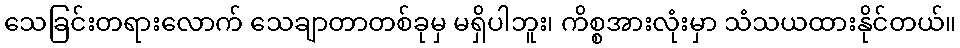
သေခြင်းတရားလောက် သေချာတာတစ်ခုမှ မရှိပါဘူး၊ ကိစ္စအားလုံးမှာ သံသယထားနိုင်တယ်။